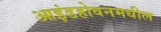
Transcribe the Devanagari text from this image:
आइंडहोवनमधील